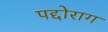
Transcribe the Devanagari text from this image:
पद्दोराग